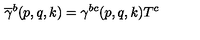
\overline { { \gamma } } ^ { b } ( p , q , k ) = \gamma ^ { b c } ( p , q , k ) T ^ { c }